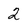
Character: 2